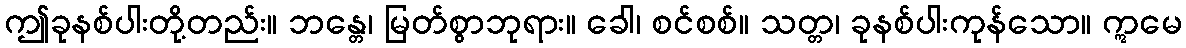
ဤခုနစ်ပါးတို့တည်း။ ဘန္တေ၊ မြတ်စွာဘုရား။ ခေါ၊ စင်စစ်။ သတ္တ၊ ခုနစ်ပါးကုန်သော။ ဣမေ